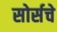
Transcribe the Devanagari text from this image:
सोर्सचे